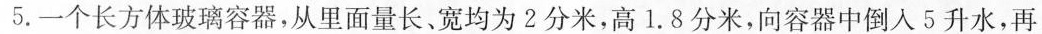
5.一个长方体玻璃容器，从里面量长、宽均为2分米，高1.8分米，向容器中倒入5升水，再